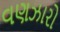
વણઝારો